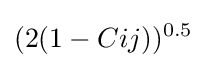
(2(1-Cij))^{0.5}